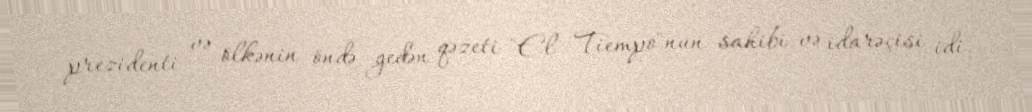
prezidenti və ölkənin öndə gedən qəzeti "El Tiempo"nun sahibi və idarəçisi idi.